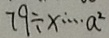
7 9 \div x ^ { . } \cdots a ^ { 2 }